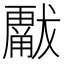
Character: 𱮫